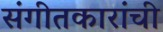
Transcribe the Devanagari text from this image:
संगीतकारांची